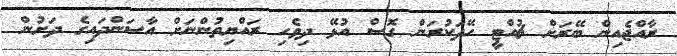
ރާއްޖެއިން ބޭރަށް ޗުއްޓީ ހޭދަކުރަން ގޮސް އުޅޭ ދިވެހި ރައްޔިތުންނަށް އާސަންދައިގެ ދަށުން